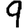
Digit: 9